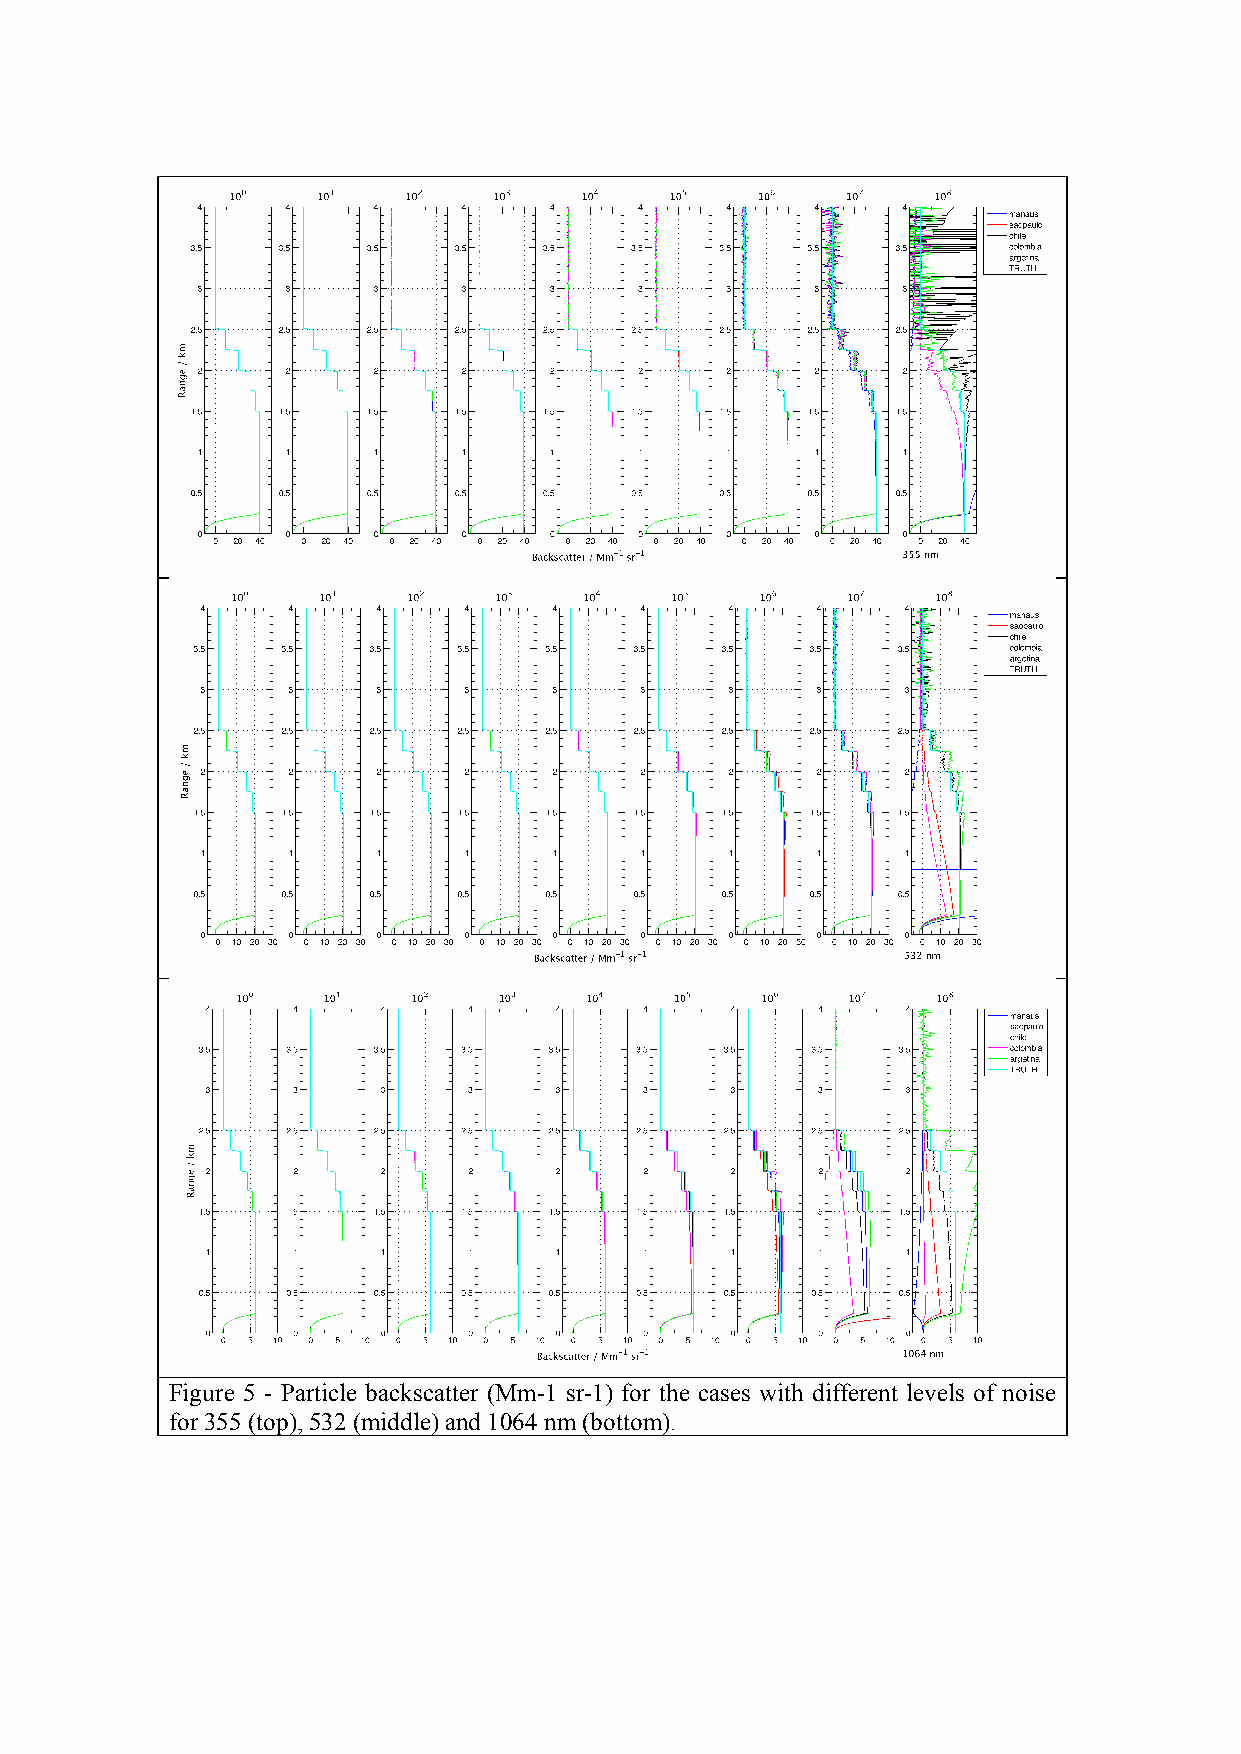
Figure 5 - Particle backscatter (Mm-1 sr-1) for the cases with different levels of noise
 for 355 (top), 532 (middle) and 1064 nm (bottom).